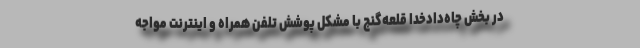
در بخش چاه‌دادخدا قلعه‌گنج با مشکل پوشش تلفن همراه و اینترنت مواجه